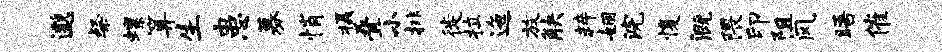
邈粲螺算生患募悄摄叠小排徙拉迤放觖粹姻浣愎溉隈印阻风晤催